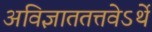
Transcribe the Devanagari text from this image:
अविज्ञाततत्तवेऽर्थे